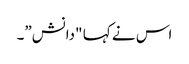
اس نے کہا "دانش”۔